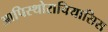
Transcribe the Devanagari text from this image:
आपिस्थोराचियासिस